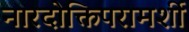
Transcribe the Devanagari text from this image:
नारदोक्तिपरामर्शी